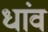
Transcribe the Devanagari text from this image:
धांव